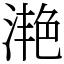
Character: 滟